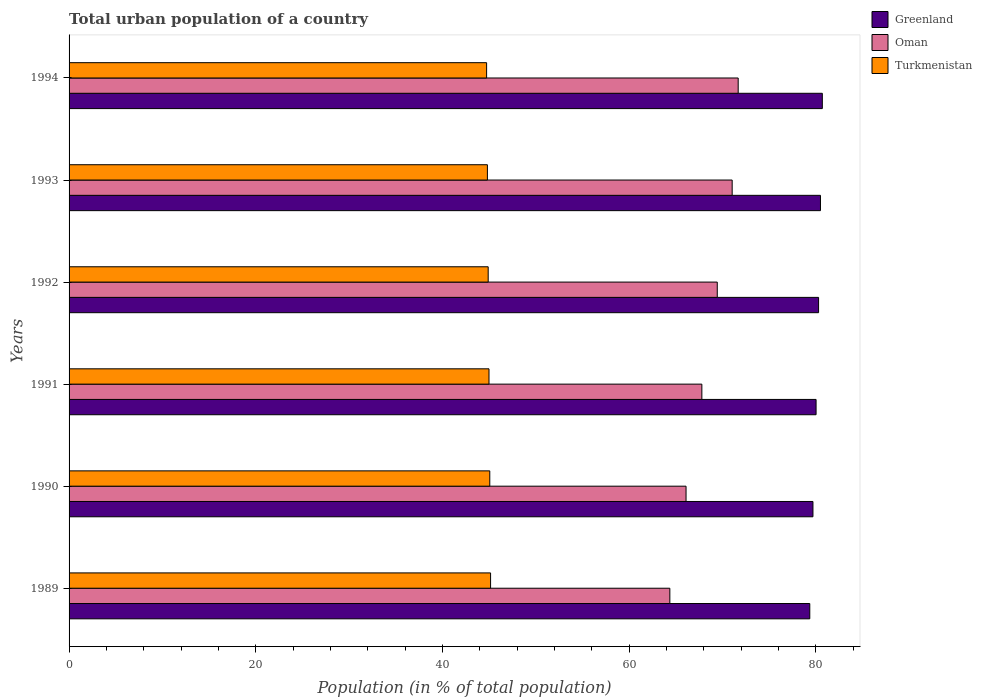
| Years | Greenland | Oman | Turkmenistan |
 | --- | --- | --- | --- |
 | 1989 | 79.4 | 64.4 | 45.2 |
 | 1990 | 79.7 | 66.1 | 45.1 |
 | 1991 | 80 | 67.8 | 45 |
 | 1992 | 80.3 | 69.4 | 44.9 |
 | 1993 | 80.5 | 71 | 44.8 |
 | 1994 | 80.7 | 71.7 | 44.7 |